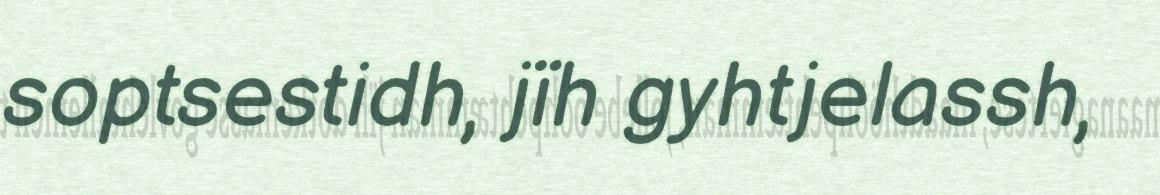
soptsestidh, jïh gyhtjelassh,